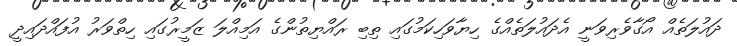
ދައުލަތެއް އޯގާވެރިވަނީ އެދައުލަތެއްގެ ހިޔާވަހިކަމުގައި ތިބި ރައްޔިތުންގެ އަމިއްލަ ޒަމީރުގައި ހިތްވަރު އުފައްދައިދީ